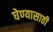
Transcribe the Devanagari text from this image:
घेण्‍यासाठी